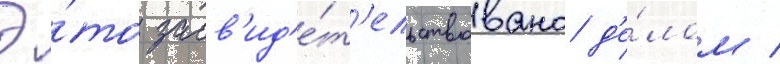
Э́то засв'ид'е́т'ельствовано д'е́лом /